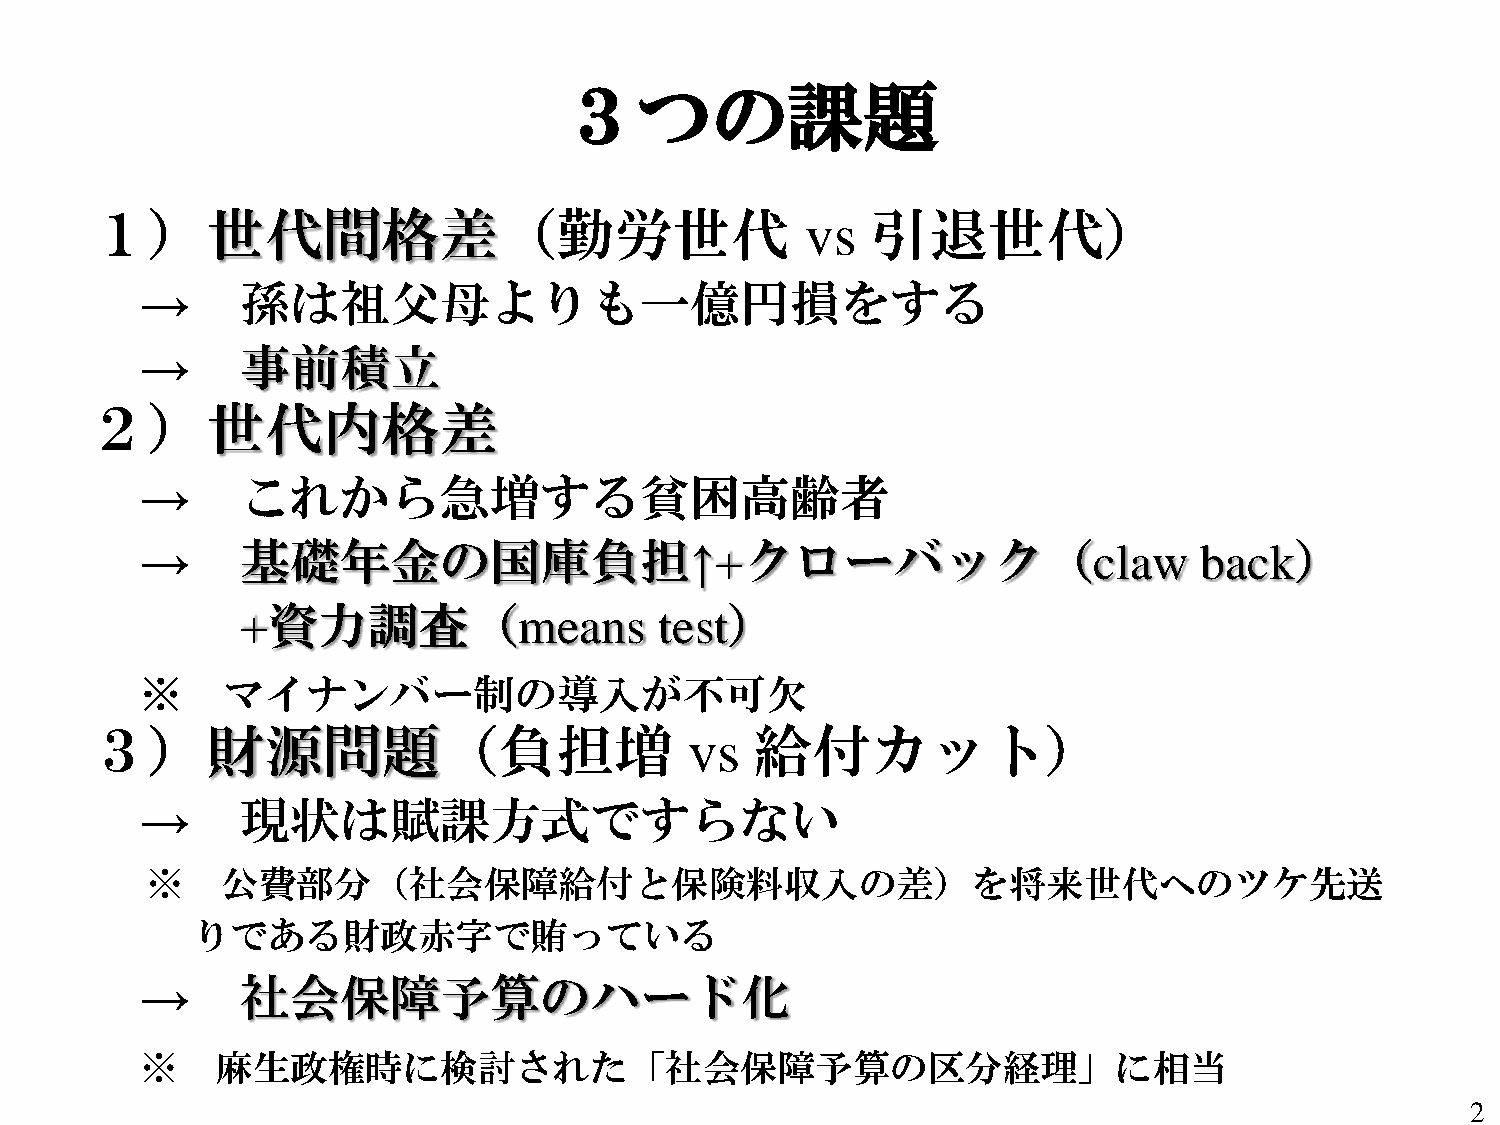
３つの課題
 １）世代間格差（勤労世代                                   vs   引退世代）
 →      孫は祖父母よりも一億円損をする
 →      事前積立
 ２）世代内格差
 →      これから急増する貧困高齢者
 →      基礎年金の国庫負担↑+クローバック（claw                                         back）
 +資力調査（means                 test）
 ※     マイナンバー制の導入が不可欠
 ３）財源問題（負担増                              vs  給付カット）
 →      現状は賦課方式ですらない
 ※    公費部分（社会保障給付と保険料収入の差）を将来世代へのツケ先送
 りである財政赤字で賄っている
 →      社会保障予算のハード化
 ※    麻生政権時に検討された「社会保障予算の区分経理」に相当
 2